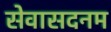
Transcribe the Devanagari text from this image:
सेवासदनम